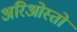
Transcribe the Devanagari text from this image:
अरिओस्तो